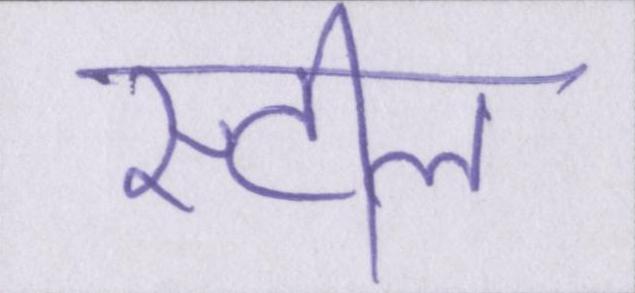
स्टील